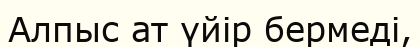
Алпыс ат үйір бермеді,